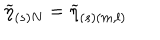
\widetilde { \eta } _ { ( s ) N } = \widetilde { \eta } _ { ( s ) ( m , l ) }